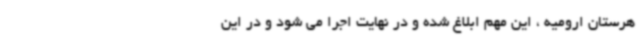
هرستان ارومیه ، این مهم ابلاغ شده و در نهایت اجرا می شود و در این